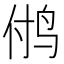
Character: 𱉜